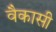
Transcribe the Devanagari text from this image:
वैकासी